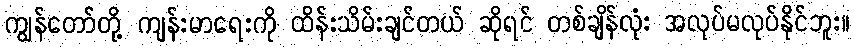
ကျွန်တော်တို့ ကျန်းမာရေးကို ထိန်းသိမ်းချင်တယ် ဆိုရင် တစ်ချိန်လုံး အလုပ်မလုပ်နိုင်ဘူး။